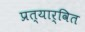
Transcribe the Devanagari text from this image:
प्रत्यार्वित